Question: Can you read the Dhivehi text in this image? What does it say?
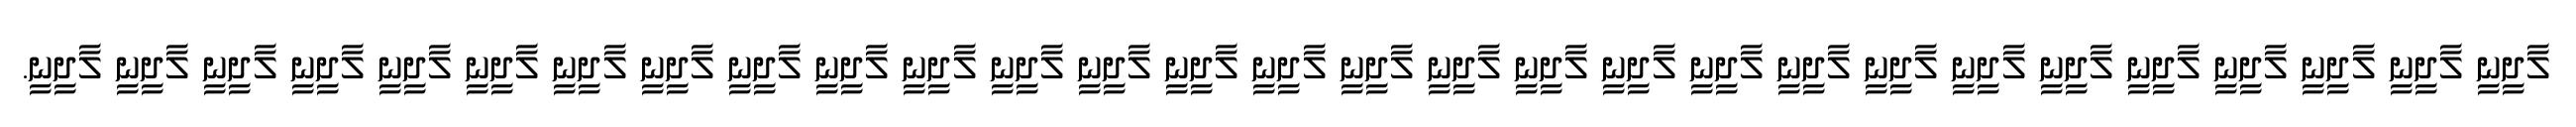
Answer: ލާދީނީ ލާދީނީ ލާދީނީ ލާދީނީ ލާދީނީ ލާދީނީ ލާދީނީ ލާދީނީ ލާދީނީ ލާދީނީ ލާދީނީ ލާދީނީ ލާދީނީ ލާދީނީ ލާދީނީ ލާދީނީ ލާދީނީ ލާދީނީ ލާދީނީ ލާދީނީ ލާދީނީ ލާދީނީ ލާދީނީ ލާދީނީ ލާދީނީ ލާދީނީ ލާދީނީ ލާދީނީ ލާދީނީ.